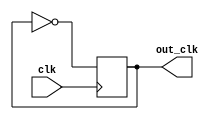
`timescale 1ns / 1ps
//////////////////////////////////////////////////////////////////////////////////
// Company: 
// Engineer: 
// 
// Design Name: 
// Module Name: clockdiv
// Project Name: 
// Target Devices: 
// Tool Versions: 
// Description: 
// 
// Dependencies: 
// 
// Revision:
// Revision 0.01 - File Created
// Additional Comments:
// 
//////////////////////////////////////////////////////////////////////////////////


module clockdiv (clk,out_clk);
output reg out_clk;
input clk ;

always @(posedge clk)
begin

     out_clk <= ~out_clk;	
end
endmodule